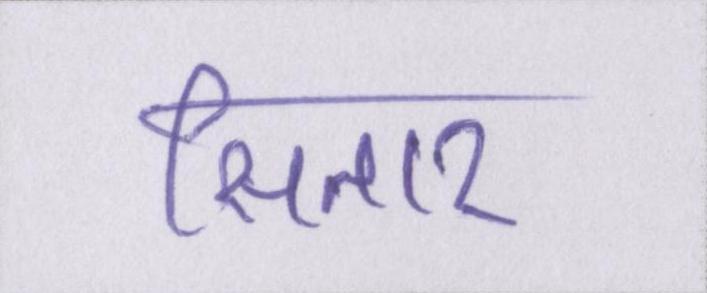
सितार